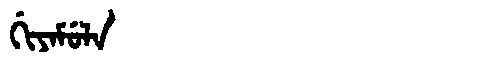
Manchu: ᡤᡳᠶᠠᠮᡠᠯᠠ
Romanization: GIYAMULA